Report on vaccination in Madras 1877-1894 - 1877-1894
Year: 1877
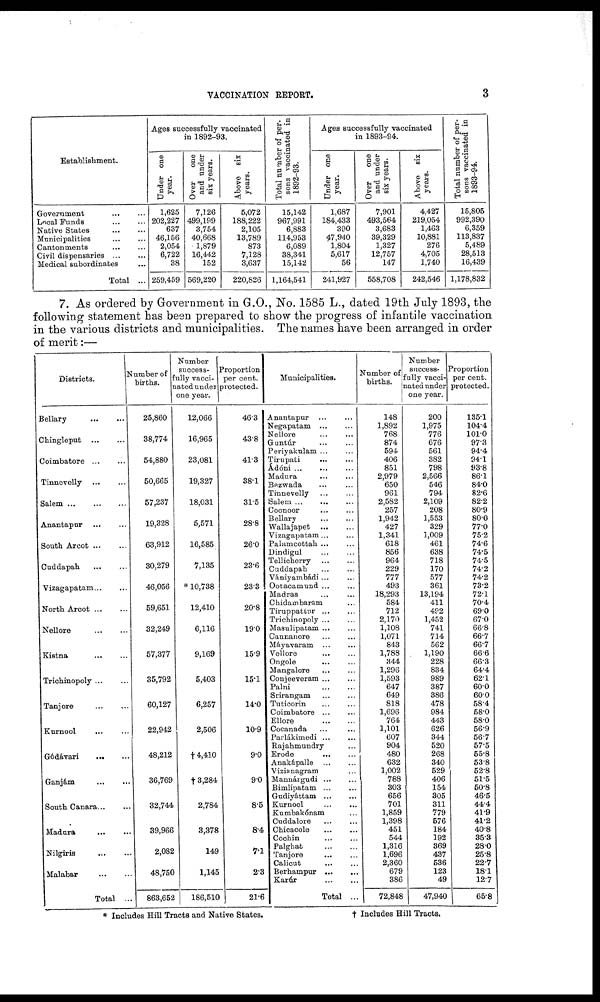
VACCINATION REPORT.
3
Establishment.
Government ... ...
Local Funds
...
...
Native States
...
...
Municipalities ... ...
Cantonments ... ...
Civil dispensaries ... ...
Medical subordinates ...
Total ...
Ages successfully vaccinated
in 1892.93.
Under one
year.
1,625
202,227
637
46,156
2,054
6,722
38
259,459
Over one
and under
six years.
7,126
499,199
3,754
40,668
1,879
16,442
152
569,220
Above six
years.
5,072
188,222
2,105
13,789
873
7,128
3,637
220,826
Total number of per¬
sons vaccinated in
1892.93.
15,142
967,991
6,883
114,953
6,089
38,341
15,142
1,164,541
Ages successfully vaccinated
in 1893.94.
Under one
year.
1,687
184,433
390
47,940
1,804
5,617
56
241,927
Over one
and under
six years.
7,901
493,564
3,683
39,329
1,327
12,757
147
558,708
Above six
years.
4,427
219,054
1,463
10,881
276
4,705
1,740
242,546
Total number of per-
sons vaccinated in
1893.94.
15,805
992,390
6,359
113,837
5,489
28,513
16,439
1,178,832
7. As ordered by Government in G.O., No. 1585 L., dated 19th July 1893, the
following statement has been prepared to show the progress of infantile vaccination
in the various districts and municipalities. The names have been arranged in order
of merit:—
Districts.
Bellary
...
...
Chingleput ... ...
Coimbatore ... ...
Tinnevelly ... ...
Salem
...
...
Anantapur ... ...
South Arcot ... ...
Cuddapah
...
...
Vizagapatam ... ...
North
Arcot...
...
Nellore
...
...
Kistna
...
...
Trichinopoly...
...
Tanjore
...
...
Kurnool ... ...
Gódávari ... ...
Ganjám
...
...
South Canara ... ...
Madura
...
...
Nilgiris
...
...
Malabar
...
...
Total ...
Number of
births.
25,860
38,774
54,880
50,665
57,237
19,328
63,912
30,279
46,056
59,651
32,249
57,377
35,792
60,127
22,942
48,212
36,769
32,744
39,966
2,082
48,750
863,652
Number
success¬
ully vacci¬
nated under
one year.
12,066
16,965
23,081
19,327
18,031
5,571
16,585
7,135
*10,738
12,410
6,116
9,169
5,403
6,257
2,506
† 4,410
† 3,284
2,784
3,378
149
1,145
186,510
Proportion
per cent.
protected.
46.3
43.8
41.3
38.1
31.5
28.8
26.0
23.6
23.3
20.8
19.0
15.9
15.1
14.0
10.9
9.0
9.0
8.5
8.4
7.1
2.3
21.6
Municipalities.
Anantapur
...
...
Negapatam ... ...
Nellore
...
...
Guntúr ... ...
Periyakulam ... ...
Tirupati
...
...
Ádóni ... ...
Madura
...
...
Bezwada ... ...
Tinnevelly
...
...
Salem ... ... ...
Coonoor ... ...
Bellary
...
...
Wallajapet
...
...
Vizagapatam... ...
Palamcottah ... ...
Dindigul ... ...
Tellicherry
...
...
Cuddapah
...
...
Vániyambádi ... ...
Ootacamund ... ...
Madras ... ...
Chidambaram ... ...
Tiruppatiur ... ...
Trichinopoly ... ...
Masulipatam ... ...
Cannanore ... ...
Máyavaram ... ...
Vellore ... ...
Ongole
...
...
Mangalore ... ...
Conjeeveram ... ...
Palni
...
...
Srirangam ... ...
Tuticorin ... ...
Coimbatore ... ...
Ellore
...
...
Cocanada ... ...
Parlákimedi ... ...
Rajahmundry ... ...
Erode
...
...
Anakápalle ... ...
Vizianagram ... ...
Mannárgudi ... ...
Bimlipatam ... ...
Gudiyáttam ... ...
Kurnool
...
...
Kumbakónam ... ...
Cuddalore ... ...
Chicacole
...
...
Coohin ... ...
Palghat ... ...
Tanjore
...
...
Calicut ... ...
Berhampur
...
...
Karúr
...
...
Total ...
Number of
births.
148
1,892
768
874
594
406
851
2,979
650
961
2,582
257
1,942
427
1,341
618
856
964
229
777
493
18,293
584
712
2,170
1,108
1,071
843
1,788
344
1,296
1,593
647
649
818
1,696
764
1,101
607
904
480
632
1,002
788
303
656
701
1,859
1,398
451
544
1,316
1,696
2,360
679
386
72,848
Number
success-
fully vacci-
nated under
one year.
200
1,975
776
676
561
382
798
2,566
546
794
2,109
208
1,553
329
1,009
461
638
718
170
577
361
13,194
411
492
1,452
741
714
562
1,190
228
834
989
387
386
478
984
443
626
344
520
268
340
529
406
154
305
311
779
576
184
192
369
437
536
123
49
47,940
Proportion
per cent.
protected.
135.1
104.4
101.0
97.3
94.4
94.1
93.8
86.1
84.0
82.6
82.2
80.9
80.0
77.0
75.2
74.6
74.5
74.5
74.2
74.2
73.2
72.1
70.4
69.0
67.0
66.8
66.7
66.7
66.6
66.3
64.4
62.1
60.0
60.0
58.4
58.0
58.0
56.9
56.7
57.5
55.8
53.8
52.8
51.5
50.8
46.5
44.4
41.9
41.2
40.8
35.3
28.0
25.8
22.7
18.1
12.7
65.8
* Includes Hill Tracts and Native States.
† Includes Hill Tracts.